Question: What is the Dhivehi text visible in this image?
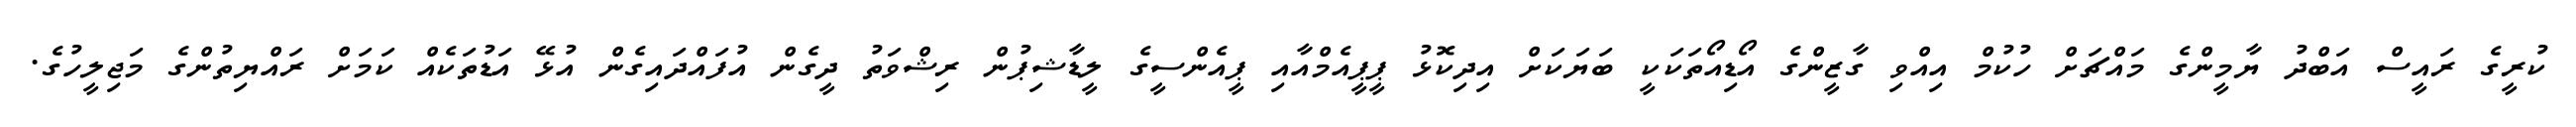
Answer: ކުރީގެ ރައީސް އަބްދު ޔާމީންގެ މައްޗަށް ހުކުމް އިއްވި ގާޒީންގެ އޯޑިއޯތަކަކީ ބަޔަކަށް އިދިކޮޅު ޕީޕީއެމްއާއި ޕީއެންސީގެ ލީޑާޝިޕުން ރިޝްވަތު ދީގެން އުފައްދައިގެން އުޅޭ އަޑުތަކެއް ކަމަށް ރައްޔިތުންގެ މަޖިލީހުގެ.